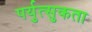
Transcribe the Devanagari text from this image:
पर्युत्सुकता